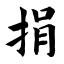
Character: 捐